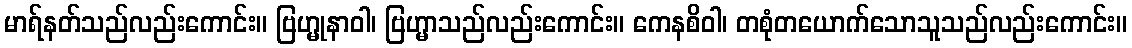
မာရ်နတ်သည်လည်းကောင်း။ ဗြဟ္မုနာဝါ၊ ဗြဟ္မာသည်လည်းကောင်း။ ကေနစိဝါ၊ တစုံတယောက်သောသူသည်လည်းကောင်း။